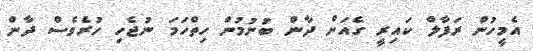
އެމީހުން ރަފާލް ކައިރީ ގެއަށް ދާން ބުނުމުން ހިތްހަމަ ނުޖެހި ހުރެވެސް ދާން